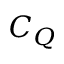
C _ { Q }